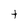
Character: t